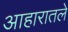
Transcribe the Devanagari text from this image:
आहारातले